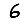
Digit: 6